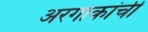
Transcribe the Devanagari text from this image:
अरगाकांची